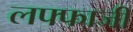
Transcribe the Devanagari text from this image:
लफ्फाजी